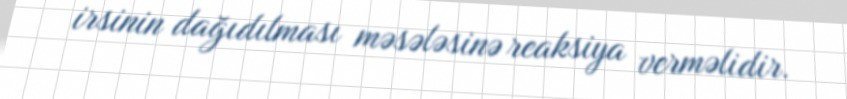
irsinin dağıdılması məsələsinə reaksiya verməlidir.